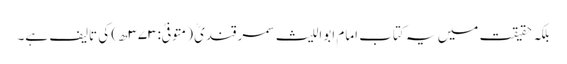
بلکہ حقیقت میں یہ کتاب امام ابواللیث سمرقندیؒ (متوفیٰ:۳۷۳ھ) کی تالیف ہے۔